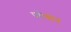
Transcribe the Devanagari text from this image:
पहेचान